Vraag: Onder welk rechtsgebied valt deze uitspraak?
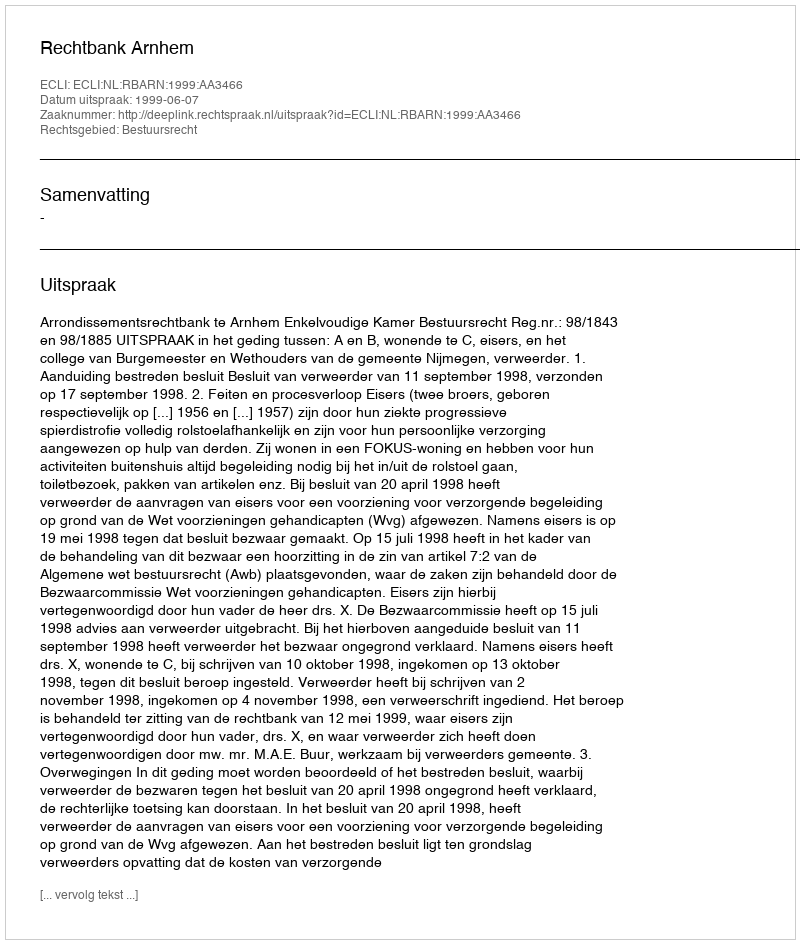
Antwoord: Bestuursrecht